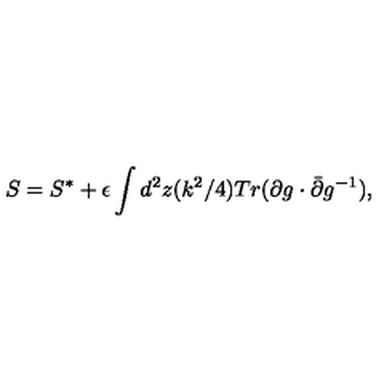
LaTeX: S = S ^ { * } + \epsilon \int d ^ { 2 } z ( k ^ { 2 } / 4 ) T r ( \partial g \cdot \bar { \partial } g ^ { - 1 } ) ,